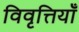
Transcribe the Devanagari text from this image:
विवृत्तियाँ